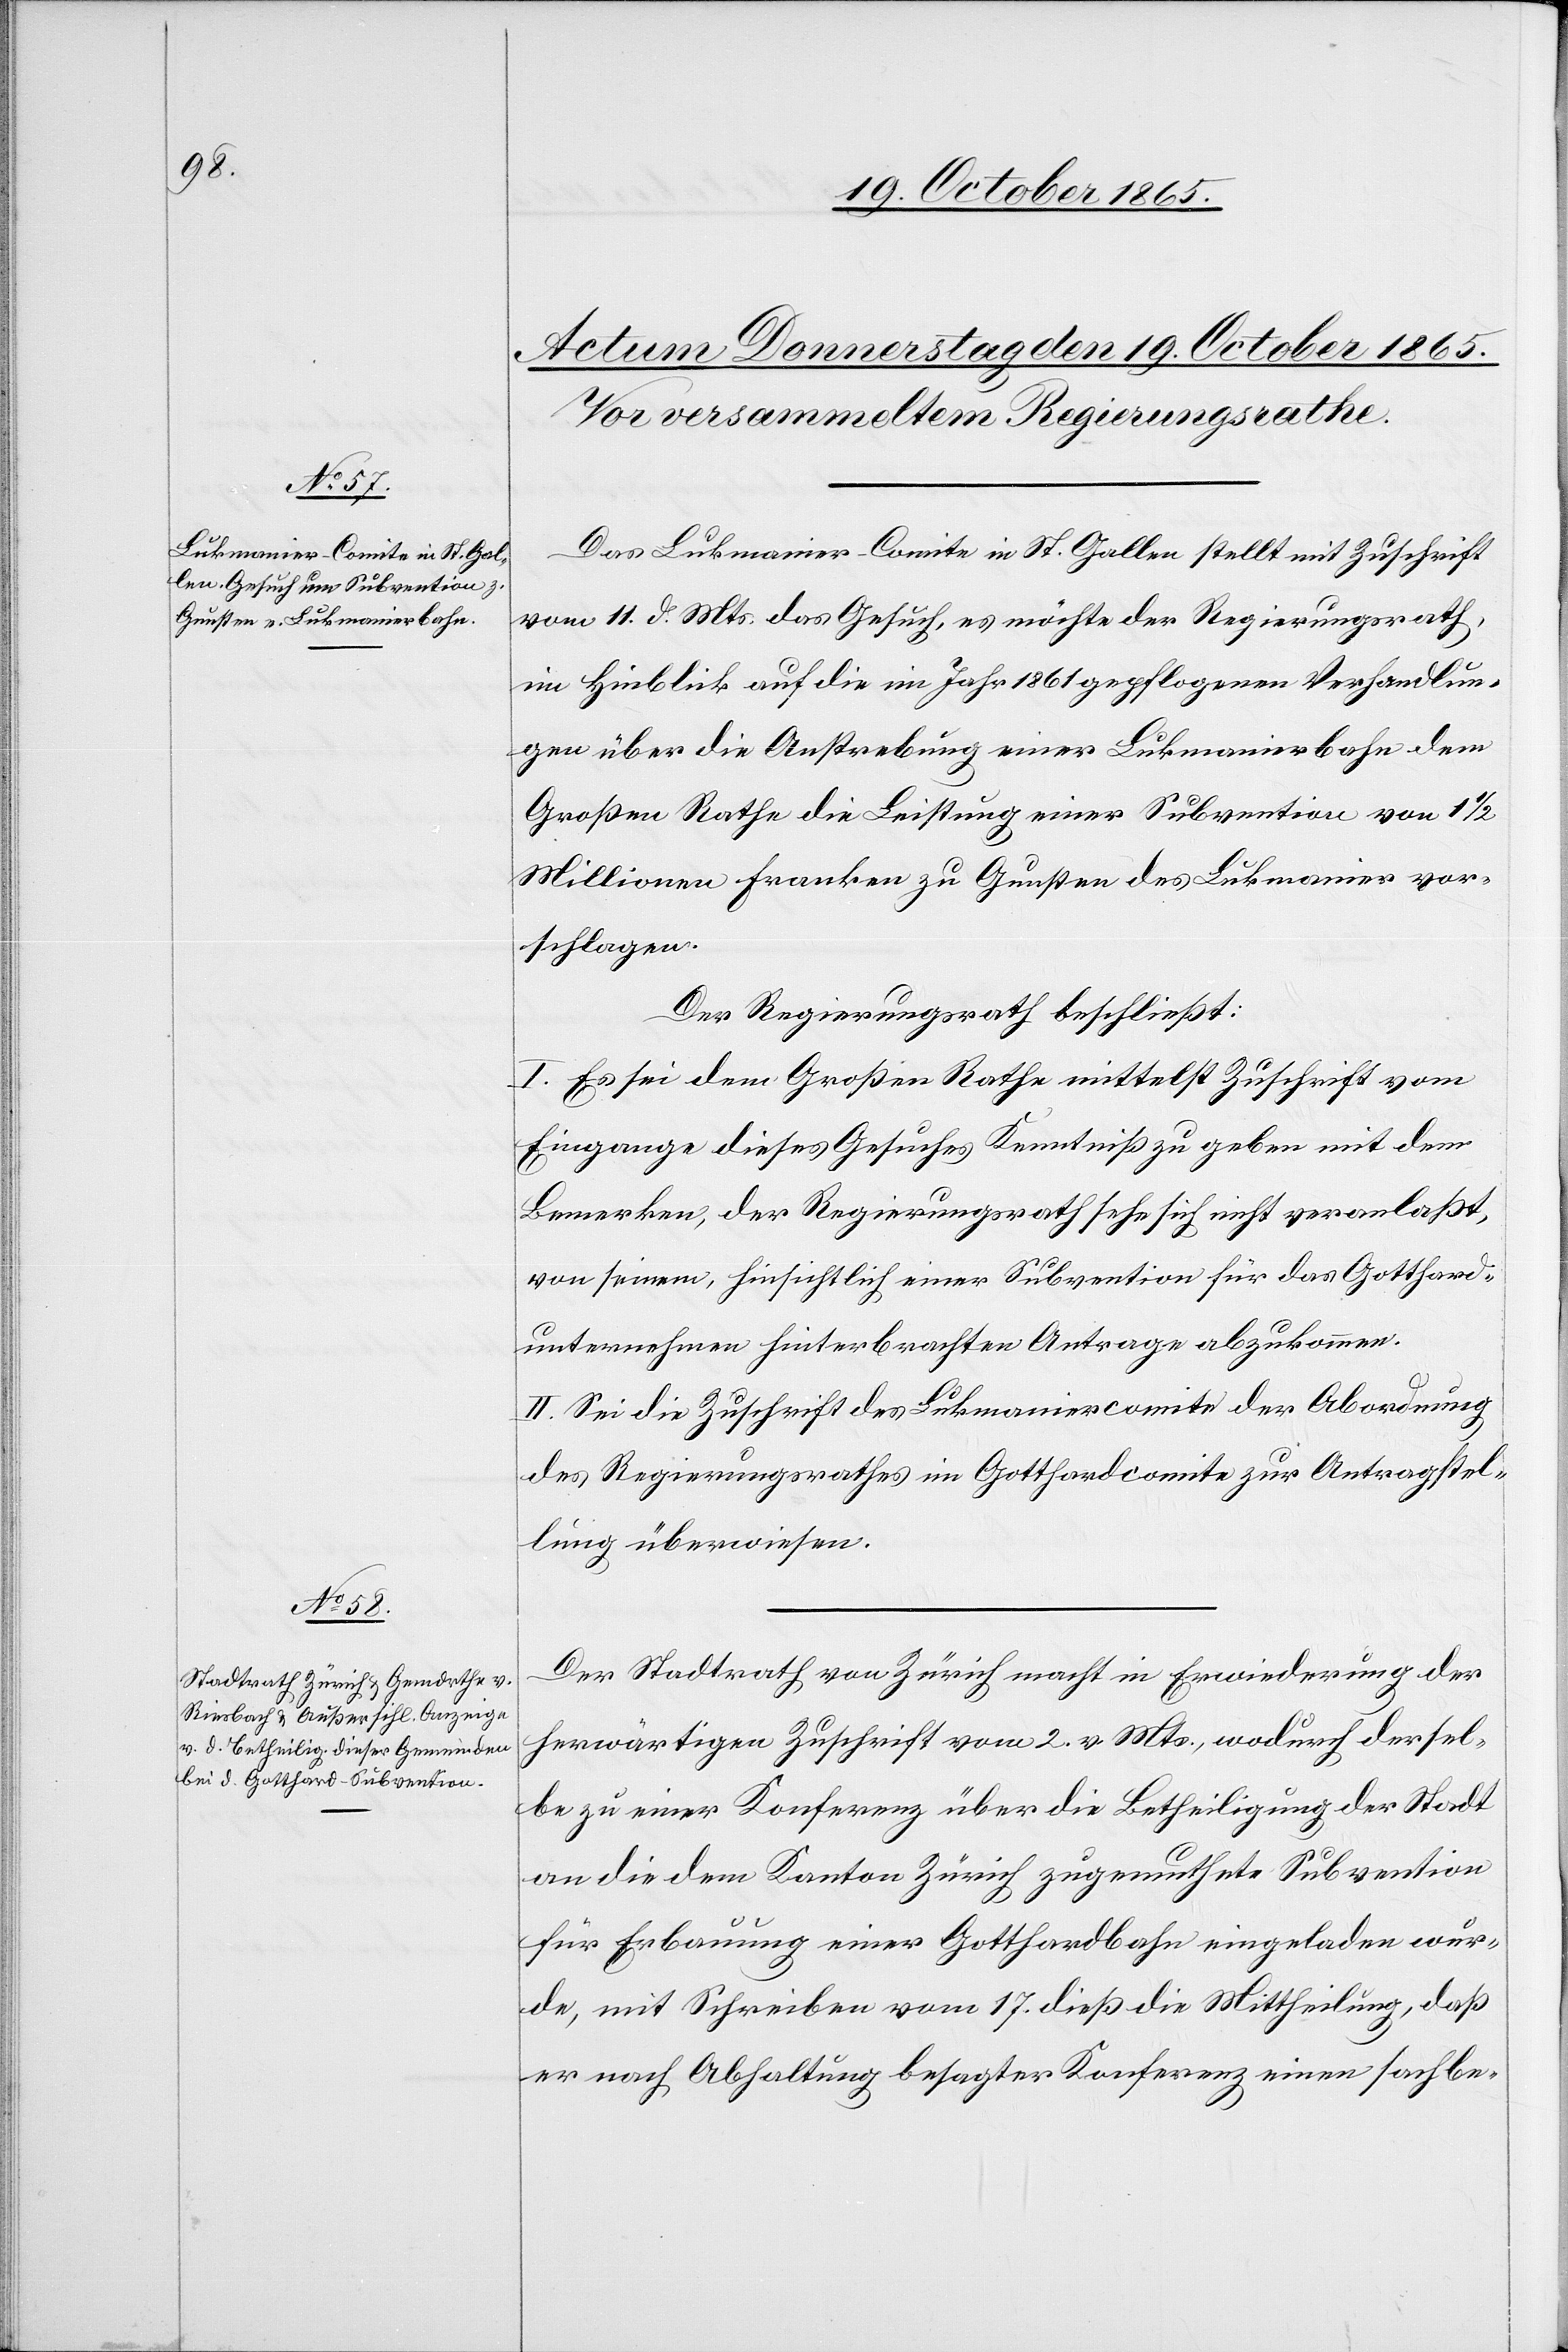
Das Lukmanier-Comite in St. Gallen stellt mit Zuschrift
vom 11. d. Mts. das Gesuch, es möchte der Regierungsrath,
im Hinblick auf die im Jahr 1861 gepflogenen Verhandlun¬
gen über die Anstrebung einer Lukmanierbahn dem
Großen Rathe die Leistung einer Subvention von 1
Millionen Franken zu Gunsten des Lukmanier vor¬
schlagen.
Der Regierungsrath beschließt:
I. Es sei dem Großen Rathe mittelst Zuschrift vom
Eingange dieses Gesuches Kenntniß zu geben mit dem
Bemerken, der Regierungsrath sehe sich nicht veranlaßt,
von seinem, hinsichtlich einer Subvention für das Gotthard¬
unternehmen hinterbrachten Antrage abzukommen.
II. Sei die Zuschrift des Lukmaniercomite der Abordnung
des Regierungsrathes im Gotthardcomite zur Antragstel¬
lung überwiesen.
Der Stadtrath von Zürich macht in Erwiederung der
herwärtigen Zuschrift vom 2. v. Mts., wodurch dersel¬
be zu einer Konferenz über die Betheiligung der Stadt
an die dem Kanton Zürich zugemuthete Subvention
für Erbauung einer Gotthardbahn eingeladen wur¬
de, mit Schreiben vom 17. dieß die Mittheilung, daß
er nach Abhaltung besagter Konferenz einen sachbe-